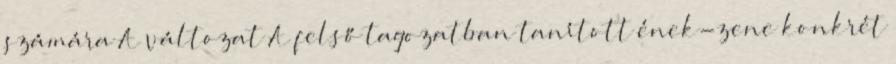
számára A változat A felső tagozatban tanított ének-zene konkrét